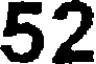
52